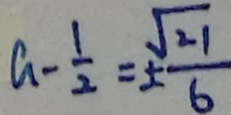
a - \frac { 1 } { 2 } = \pm \frac { \sqrt { 2 1 } } { 6 }